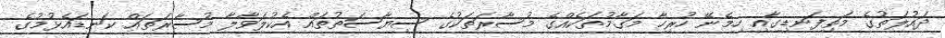
ދައުލަތުގެ މަތިފަނޑިގާއި ހިމެނޭ ހުރިހާ މަގާމުތަކެއްގެ މުސާރަތަކުގެ ސިޔާސަތުތައް އެކުލަވާލާ މުސާރަތައް ކަނޑައެޅުމުގެ